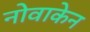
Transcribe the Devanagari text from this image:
नोवाकेन